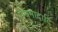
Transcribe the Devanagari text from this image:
मेघनादादि